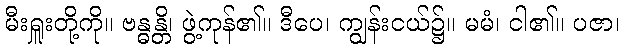
မီးရှူးတို့ကို။ ဗန္ဓန္တိ၊ ဖွဲ့ကုန်၏။ ဒီပေ၊ ကျွန်းငယ်၌။ မမံ၊ ငါ၏။ ပဇာ၊